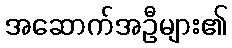
အဆောက်အဦများ၏